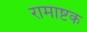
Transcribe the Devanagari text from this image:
रामाष्टक